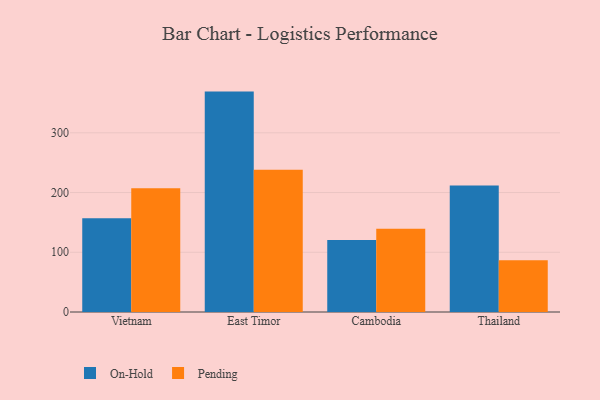
{"axis": {"x": "Country", "y": "Net Income (USD K)"}, "legend": ["On-Hold", "Pending"], "data": [{"x": "Vietnam", "y": 156.9, "type": "On-Hold"}, {"x": "Vietnam", "y": 207.1, "type": "Pending"}, {"x": "East Timor", "y": 369.0, "type": "On-Hold"}, {"x": "East Timor", "y": 238.3, "type": "Pending"}, {"x": "Cambodia", "y": 120.4, "type": "On-Hold"}, {"x": "Cambodia", "y": 139.5, "type": "Pending"}, {"x": "Thailand", "y": 211.6, "type": "On-Hold"}, {"x": "Thailand", "y": 86.7, "type": "Pending"}]}